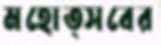
মহোত্সবের